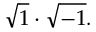
{ \sqrt { 1 } } \cdot { \sqrt { - 1 } } .